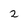
Character: 2